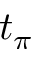
t _ { \pi }